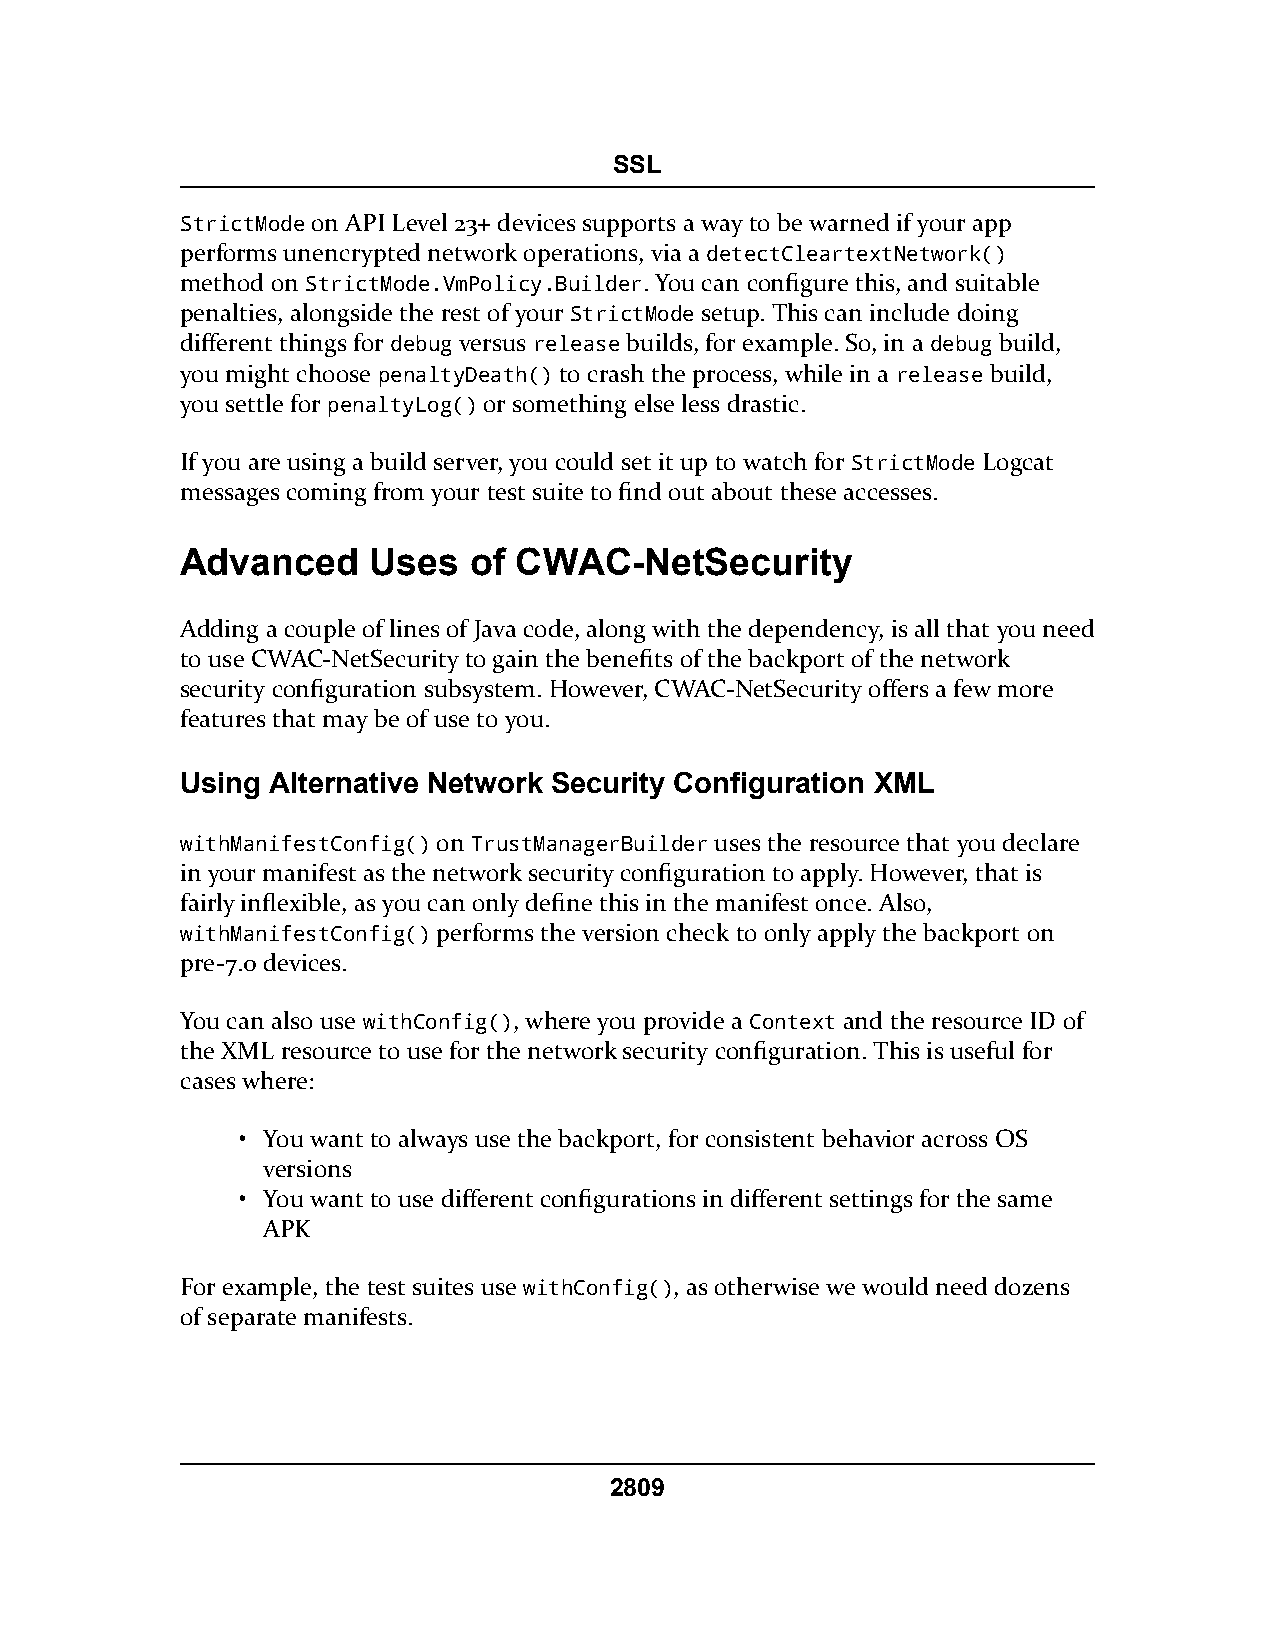
SSL
 StrictMode on API Level 23+ devices supports a way to be warned if your app
 performs unencrypted network operations, via a detectCleartextNetwork()
 method on StrictMode.VmPolicy.Builder. You can configure this, and suitable
 penalties, alongside the rest of your StrictMode setup. This can include doing
 different things for debug versus release builds, for example. So, in a debug build,
 you might choose penaltyDeath() to crash the process, while in a release build,
 you settle for penaltyLog() or something else less drastic.
 If you are using a build server, you could set it up to watch for StrictMode Logcat
 messages coming from your test suite to find out about these accesses.
 Advanced    Uses   of CWAC-NetSecurity
 Adding a couple of lines of Java code, along with the dependency, is all that you need
 to use CWAC-NetSecurity to gain the benefits of the backport of the network
 security configuration subsystem. However, CWAC-NetSecurity offers a few more
 features that may be of use to you.
 Using Alternative Network Security Configuration XML
 withManifestConfig() on TrustManagerBuilder uses the resource that you declare
 in your manifest as the network security configuration to apply. However, that is
 fairly inflexible, as you can only define this in the manifest once. Also,
 withManifestConfig() performs the version check to only apply the backport on
 pre-7.0 devices.
 You can also use withConfig(), where you provide a Context and the resource ID of
 the XML resource to use for the network security configuration. This is useful for
 cases where:
 • You want to always use the backport, for consistent behavior across OS
 versions
 • You want to use different configurations in different settings for the same
 APK
 For example, the test suites use withConfig(), as otherwise we would need dozens
 of separate manifests.
 2809